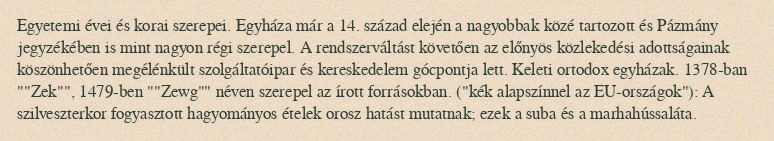
Egyetemi évei és korai szerepei. Egyháza már a 14. század elején a nagyobbak közé tartozott és Pázmány jegyzékében is mint nagyon régi szerepel. A rendszerváltást követően az előnyös közlekedési adottságainak köszönhetően megélénkült szolgáltatóipar és kereskedelem gócpontja lett. Keleti ortodox egyházak. 1378-ban ""Zek"", 1479-ben ""Zewg"" néven szerepel az írott forrásokban. ("kék alapszínnel az EU-országok"): A szilveszterkor fogyasztott hagyományos ételek orosz hatást mutatnak; ezek a suba és a marhahússaláta.